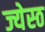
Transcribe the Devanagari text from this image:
ज्येस्ठ